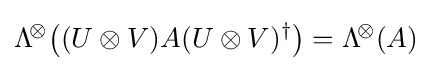
\mathrm {\Lambda } ^{\!\otimes }\!\left({(U\otimes V)A(U\otimes V)^{\dagger }}\right)=\mathrm {\Lambda } ^{\!\otimes }\!\left({A}\right)